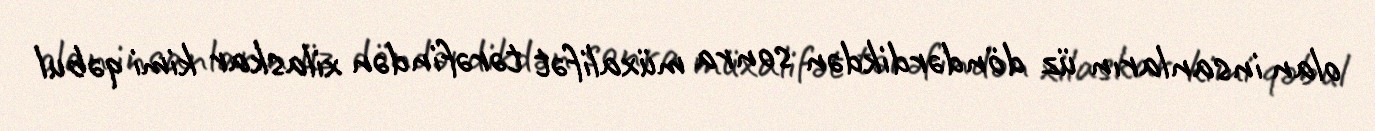
olan insanların üz döndərdikdən sonra müxalifət tərəfindən xilaskar kimi qəbul